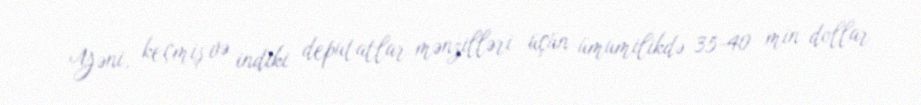
Yəni, keçmiş və indiki deputatlar mənzilləri üçün ümumilikdə 35-40 min dollar